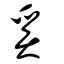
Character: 奚